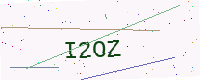
Text: I2OZ